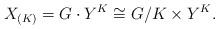
LaTeX: \begin{align*}X_{(K)} = G \cdot Y^K \cong G/K \times Y^K.\end{align*}